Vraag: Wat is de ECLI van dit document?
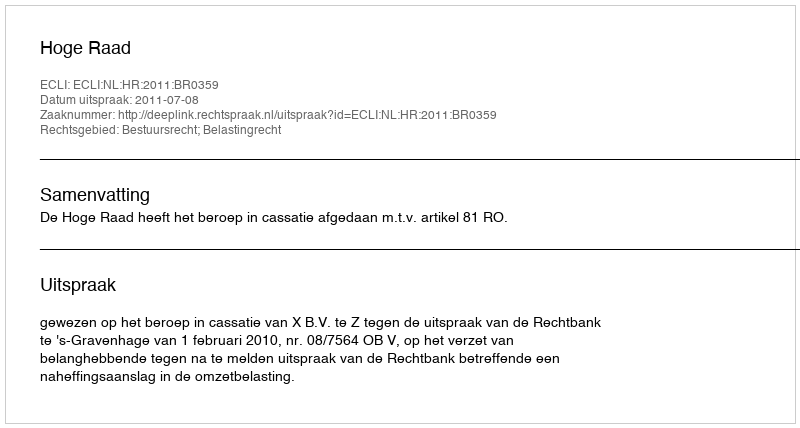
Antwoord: ECLI:NL:HR:2011:BR0359